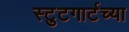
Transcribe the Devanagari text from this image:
स्टुटगार्टच्या